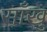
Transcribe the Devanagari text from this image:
साँखु